Vital statistics of India. Vol. VI, European troops 1870-79
Year: 1870
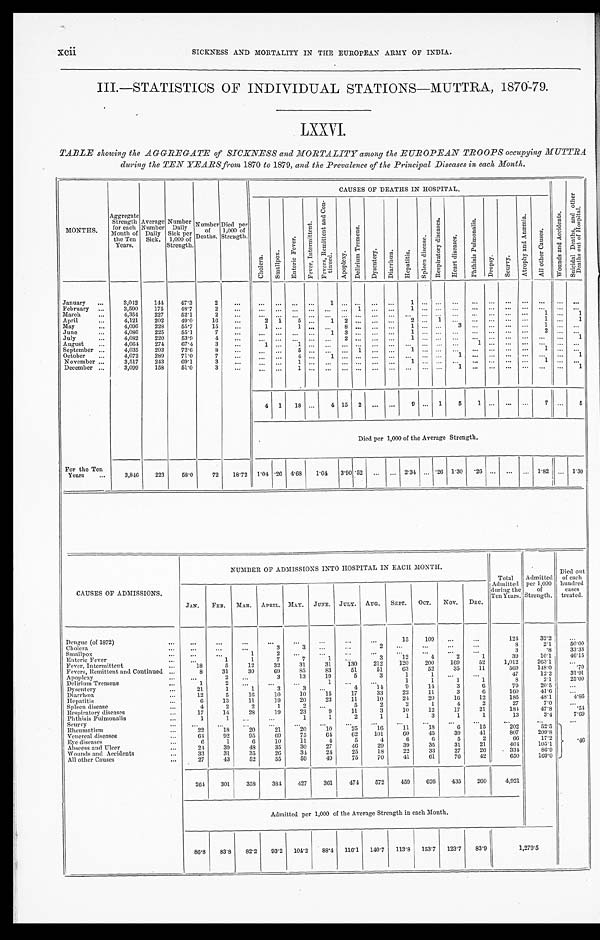
SICKNESS AND MORTALITY IN THE EUROPEAN ARMY OF INDIA.
III.—STATISTICS OF INDIVIDUAL STATIONS—MUTTRA, 1870.-79.
LXXVI.
TABLE showing the AGGREGATE of SICKNESS and MORTALITY among the EUROPEAN TROOPS occupying MUTTRA
during the TEN YEARS from 1870 to 1879, and the Prevalence of the Principal Diseases in each Month.
MONTHS.
Aggregate Strength for each
Month of
the Ten
Years.
Average Number Daily Sick.
Number Dai l y
Sick per
1,000 of
Strength.
Number of
Deaths.
Died per
1,000 of S t r e n g t h .
C AUS E S OF DE AT HS I N HOS P I T AL .
W o u n d s a n d A c c i d e n t .
S u i c i d a l D e a t h s , a n d o t h e r D e a t h s o u t o f H o s p i t a l .
C h o l e r a . S m a l l p o x .
E n t e r i c F e v e r .
F e v e r , I n t e r m i t t e n t .
F e v e r s , R e m i t t e n t a n d C o n - t i n u e d .
A p o p l e x y .
D e l i r i u m T r e m e n s .
D y s e n t e r y .
D i a r r h œ a . H e p a t i t i s .
S p l e e n d i s e a s e s .
R e s p i r a t o r y d i s e a s e s .
H e a r t d i s e a s e s .
P h t h i s i s P u l m o n a l i s .
D r o p s y . S c u r v y .
A t r o p h y a n d A n æ m i a .
A l l o t h e r C a u s e s .
January
3,042 144 47.3
2
1
1
February
3,590 175 48.7
2
1
1
March
4,354 227 52.1
2
1
1
April
4,121 202 49.0
16
2 1 5
1 2
2
1
1
1
May
4,096 228 55.7
15
1
1
8
1
3
1
June
4,086 225 55.1
7
1 3
1
2
July
4,082 220 53.9
4
2
1
1
August
4,064 274 67.4
3
1
1
1
September
4,035 293 72.6
8
5
1
1
1
October
4,072 289 71.0
7
4
1
1
1
November
3,517 243 69.1
3
1
1
1
December
3,099 158 51.0
3
1
1
1
4 1 18
4 15 2
9
1 5 1
7
5
Died per 1,000 of the Average Strength.
For the Ten
Years
3,846 223 58.0 72 18.72 1.04 .26 4.68 1.04 3.90 .52
2.34 .26 1.30 .26
1.82
1. 30
CAUSES OF ADMISSIONS.
NUMBER OF ADMISSIONS INTO HOSPITAL IN EACH MONTH.
Total
Admitted
during the
Ten Years.
Admitted per 1,000 of
Strength.
Died out
of each
hundred cases
treated.
JAN. FEB. MAR. APRIL. MAY. JUNE. JULY. AUG. SEPT. OCT. Nov. DEC.
Dengue (of 1872)
15 109
124
32. 2
Cholera
3
3
2
8
2 . 1
5 0 . 0 0
Smallpox
1
2
3
. 8
3 3 . 3 3
Enteric Fever
1
1
7
7
1
3
1 2
4
2
1
3 9
1 0 . 1
4 6 . 1 5
Fever, Intermittent
18
5
12
32 31
31 130 212 120 200 169
52
1,012
263. 1
Fevers, Remittent and Continued
8
31
30
69 85
83
51
51
63
52
35
11
569 148. 0
. 7 0
Apoplexy
2
3
13
19
5
3
1
1
4 7
1 2 . 2
3 1 . 9 1
Delirium Tremens
1
2
1
1
1
1
1
8
2 . 1
2 5 . 0 0
Dysentery
21
1
1
3
3
4
14
9
14
3
6
79
20.5
Diarrhœa
12
5
16
10
10
15
17
3 3 22
1 1
3
6
1 6 0
4 1 . 6
Hepatitis
6
13
11
19
20
23
11
10
2 4
2 0
1 6
1 2
1 8 5
4 8 . 1
4 . 8 6
Spleen disease
4 2
2
1
2
5
2
2
1
4 2
2 7
7 . 0
Respiratory diseases
17
14
28
19
23
9
11
3
1 0
1 2
1 7
2 1
1 8 4
4 7 . 8
. 5 4
Phthisis Pulmonalis
1
1
1
1
2
1
1
3
1
1
13
3.4
7. 69
Scurvy
. 4 6
Rheumatism
22
18
20
21
2 0
1 0 25 16
1 1
1 8
6
1 5
2 0 2
5 2 . 5
Venereal diseases
6 4 92
95
69
75
64 62
1 0 1
6 0
4 5
3 9
4 1
8 0 7
2 0 9 . 8
Eye diseases
6 1
6
10
11
4
5
4
6
6
5 2
6 6
1 7 . 2
Abscess and Ulcer
24 39
48
35
30
27
4 6
2 9
3 9 35
3 1 21
4 0 4
1 0 5 . 1
Wounds and Accidents
33
31
35
26
34 24
25
18
22
3 3
2 7
2 6
3 3 4
8 6 . 9
All other Causes
27
43
52
55
59
49
75
70
41
61
76
42
650
169.0
264 301 358 384 427 361
4 7 4 572 459 626 435 260 4,921
Admitted per 1,000 of the Average Strength in each Month.
86.8 83.8 82.2 93.2 104.2 88.4 116.1 140.7 113.8 153.7 123.7 83.9
1 , 2 7 9 . 5